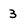
Character: 3